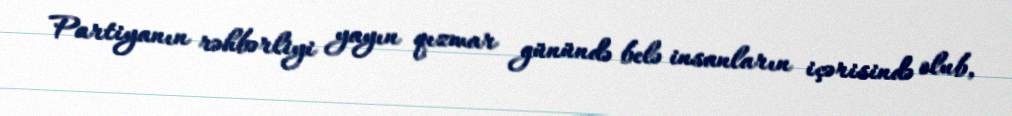
Partiyanın rəhbərliyi yayın qızmar günündə belə insanların içərisində olub,